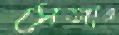
সেজার